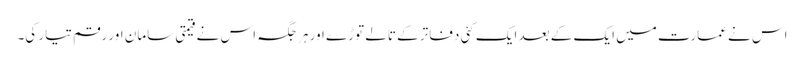
اس نے عمارت میں ایک کے بعد ایک کئی دفاتر کے تالے توڑے اور ہرجگہ اس نے قیمتی سامان اور رقم تیار کی۔